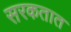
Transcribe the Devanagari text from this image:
सरकतात